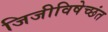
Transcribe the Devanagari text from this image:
जिजीविषेच्छंत